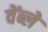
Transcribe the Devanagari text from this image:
वेंब्ले